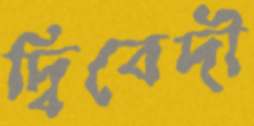
দ্বিবেদী